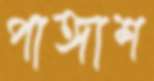
পাঙ্গাশ